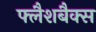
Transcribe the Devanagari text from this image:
फ्लैशबैक्स